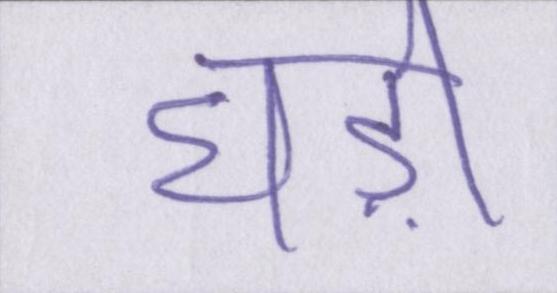
घड़ी